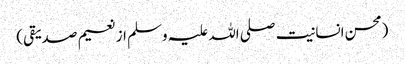
(محسن انسانیت صلی اللہ علیہ وسلم از نعیم صدیقی)